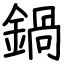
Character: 鍋